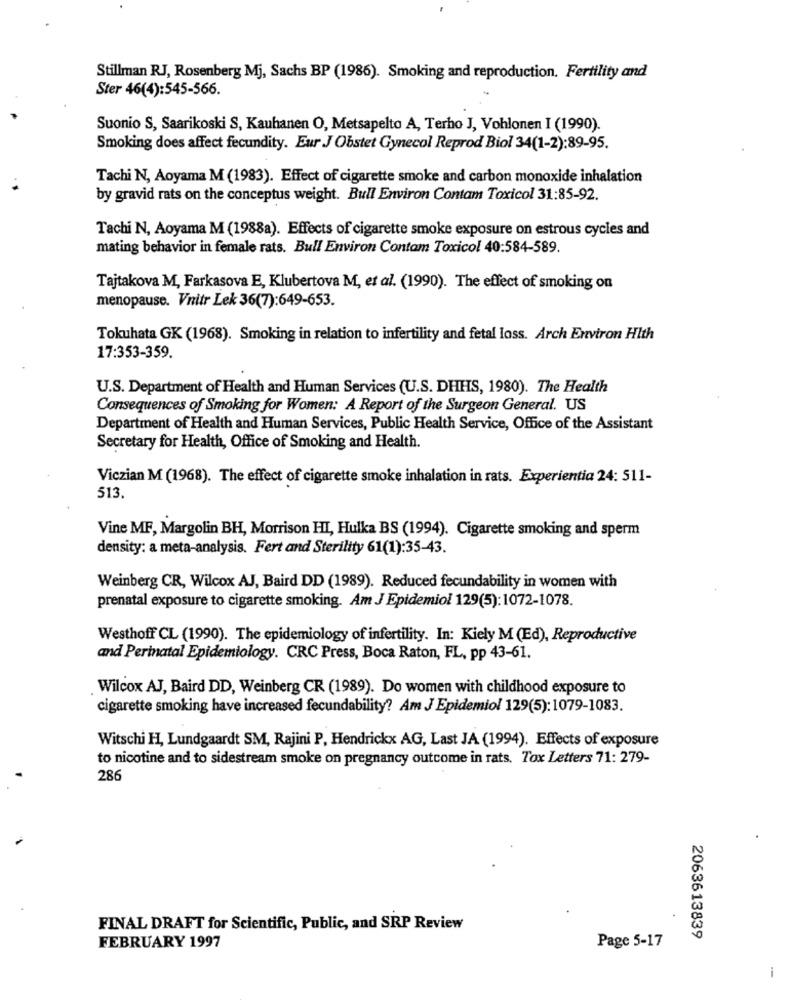
Stillman RJ, Rosenberg Mj, Sachs BP (1986). Smoking and reproduction. Fertility and
Ster 46(4):545-566.
Suonio S, Saarikoski S, Kauhanen O, Metsapelto A, Terho J, Vohlonen I (1990).
Smoking does affect fecundity. Eur J Obstet Gynecol Reprod Biol 34(1-2):89-95.
Tachi N, Aoyama M (1983). Effect of cigarette smoke and carbon monoxide inhalation
by gravid rats on the conceptus weight. Bull Environ Contam Toxicol 31:85-92.
Tachi N, Aoyama M (1988a). Effects of cigarette smoke exposure on estrous cycles and
mating behavior in female rats. Bull Environ Contam Toxicol 40:584-589.
Tajtakova M, Farkasova E, Klubertova M, et al. (1990). The effect of smoking on
menopause. Vnitr Lek 36(7):649-653.
Tokuhata GK (1968). Smoking in relation to infertility and fetal loss. Arch Environ Hlth
17:353-359.
U.S. Department of Health and Human Services (U.S. DHHS, 1980). The Health
Consequences of Smoking for Women: A Report of the Surgeon General. US
Department of Health and Human Services, Public Health Service, Office of the Assistant
Secretary for Health, Office of Smoking and Health.
Viczian M (1968). The effect of cigarette smoke inhalation in rats. Experientia 24: 511-
513.
Vine MF, Margolin BH, Morrison HI, Hulka BS (1994). Cigarette smoking and sperm
density: a meta-analysis. Fert and Sterility 61(1):35-43.
Weinberg CR, Wilcox AJ, Baird DD (1989). Reduced fecundability in women with
prenatal exposure to cigarette smoking. Am J Epidemiol 129(5):1072-1078.
Westhoff CL (1990). The epidemiology of infertility. In: Kiely M (Ed), Reproductive
and Perinatal Epidemiology. CRC Press, Boca Raton, FL, pp 43-61.
Wilcox AJ, Baird DD, Weinberg CR (1989). Do women with childhood exposure to
cigarette smoking have increased fecundability? Am J Epidemiol 129(5):1079-1083.
Witschi H, Lundgaardt SM, Rajini P, Hendrickx AG, Last JA (1994). Effects of exposure
to nicotine and to sidestream smoke on pregnancy outcome in rats. Tox Letters 71: 279-
286
FINAL DRAFT for Scientific, Public, and SRP Review
2063613839
FEBRUARY 1997
Page 5-17
-